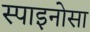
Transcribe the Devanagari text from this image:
स्पाइनोसा